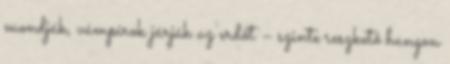
mondják, vámpírok járják az erdőt – szinte reszkető hangon